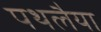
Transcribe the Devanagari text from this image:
पथलैया